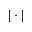
| \cdot |